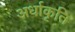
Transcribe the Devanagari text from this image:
अर्धाकृति